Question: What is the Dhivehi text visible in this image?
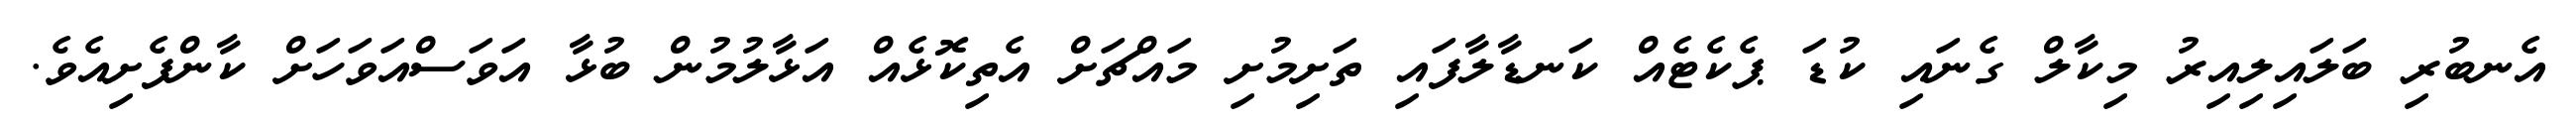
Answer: އެނބުރި ބަލައިލިއިރު މިކާލް ގެނައި ކުޑަ ޕެކެޓެއް ކަނޑާލާފައި ތަށިމުށި މައްޗަށް އެތިކޮޅެއް އަޅާލުމުން ބުޅާ އަވަސްއަވަހަށް ކާންފެށިއެވެ.